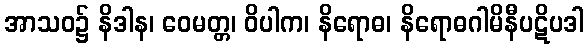
အာသဝ၌ နိဒါန၊ ဝေမတ္တ၊ ဝိပါက၊ နိရောဓ၊ နိရောဓဂါမိနီပဋိပဒါ